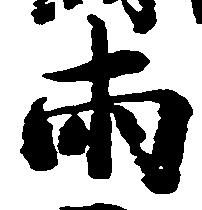
両